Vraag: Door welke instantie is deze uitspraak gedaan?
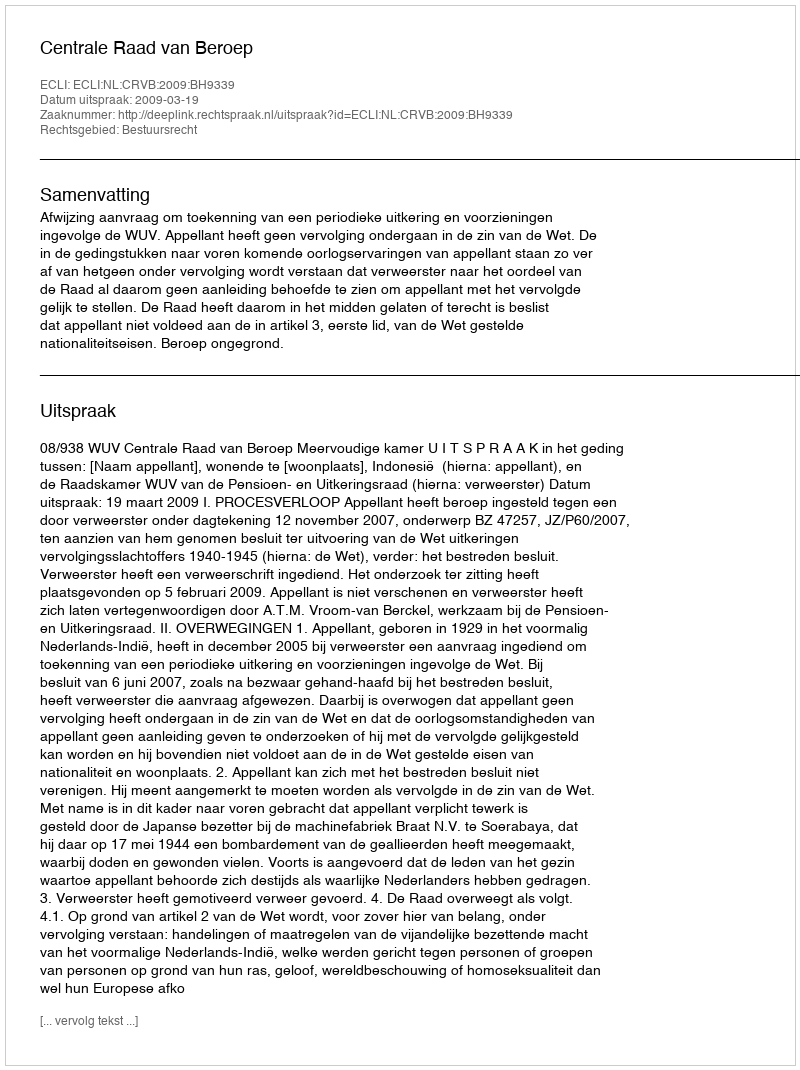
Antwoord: Centrale Raad van Beroep